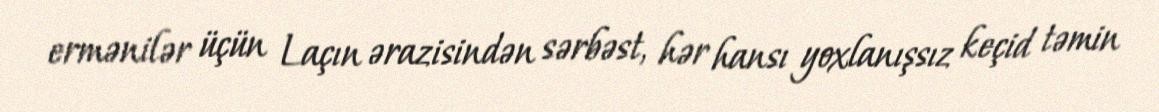
ermənilər üçün Laçın ərazisindən sərbəst, hər hansı yoxlanışsız keçid təmin